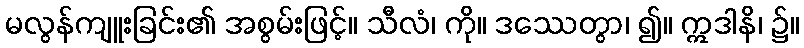
မလွန်ကျူးခြင်း၏ အစွမ်းဖြင့်။ သီလံ၊ ကို။ ဒဿေတွာ၊ ၍။ ဣဒါနိ၊ ၌။